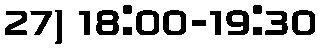
27) 18:00-19:30